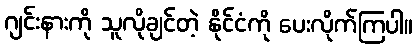
ဂျင်းနားကို သူလိုချင်တဲ့ နိုင်ငံကို ပေးလိုက်ကြပါ။